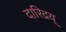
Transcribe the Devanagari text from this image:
दारिद्रय्